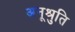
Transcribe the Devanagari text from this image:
अनूश्रुति